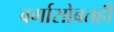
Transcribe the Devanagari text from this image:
वर्गासोबतही